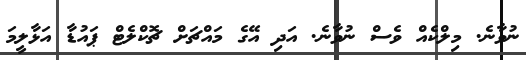
ނުވާނެ. މިލްކެއް ވެސް ނުވާނެ. އަދި އޭގެ މައްޗަށް ޗޮކްލެޓް ޕައުޑާ އަޅާލީމަ